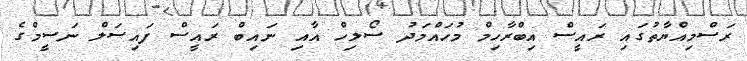
ރަސްމިއްޔާތުގައި ރައީސް އިބްރާހިމް މުހައްމަދު ސޯލިހް އާއި ނައިބް ރައީސް ފައިސަލް ނަސީމްގެ